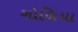
ગોળિયા